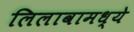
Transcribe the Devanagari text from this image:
लिलावामध्ये